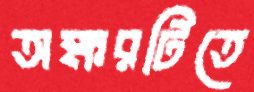
অক্ষরটিতে